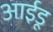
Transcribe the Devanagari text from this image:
आईडू